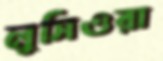
লুসিওরা